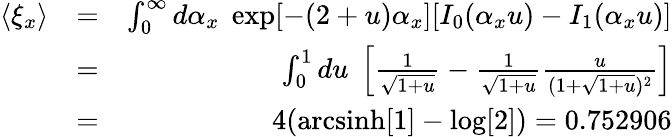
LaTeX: \begin{array}{rlr}{\langle\xi_{x}\rangle}&{=}&{\int_{0}^{\infty}d\alpha_{x}\; \exp[-(2+u)\alpha_{x}][I_{0}(\alpha_{x}u)-I_{1}(\alpha_{x}u)]}\\ &{=}&{\int_{0}^{1}du\; \left[\frac{1}{\sqrt{1+u}}-\frac{1}{\sqrt{1+u}}\frac{u}{(1+\sqrt{1+u})^{2}}\right]}\\ &{=}&{4(\mathrm{arcsinh}[1]-\log[2])=0.752906}\end{array}